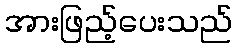
အားဖြည့်ပေးသည်